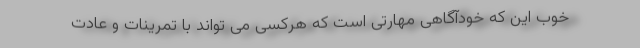
خوب این که خودآگاهی مهارتی است که هرکسی می تواند با تمرینات و عادت